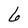
Character: 6